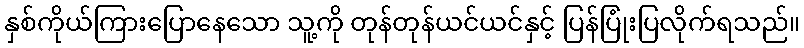
နှစ်ကိုယ်ကြားပြောနေသော သူ့ကို တုန်တုန်ယင်ယင်နှင့် ပြန်ပြုံးပြလိုက်ရသည်။